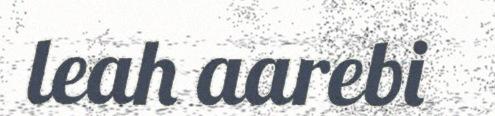
leah aarebi